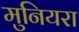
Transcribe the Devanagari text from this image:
मुनियरा